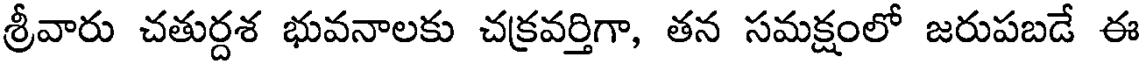
శ్రీవారు చతుర్దశ భువనాలకు చక్రవర్తిగా, తన సమక్షంలో జరుపబడే ఈ